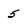
Character: 5